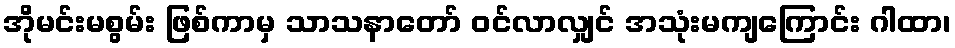
အိုမင်းမစွမ်း ဖြစ်ကာမှ သာသနာတော် ဝင်လာလျှင် အသုံးမကျကြောင်း ဂါထာ၊